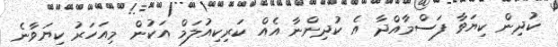
ކުދިން ކިޔަވާ ފަސްމާއްދާ އެ ކުދިންނާ އެއް ކަރިކިއުލަމް އަކުން މިއަހަރު ކިޔަވާނެ